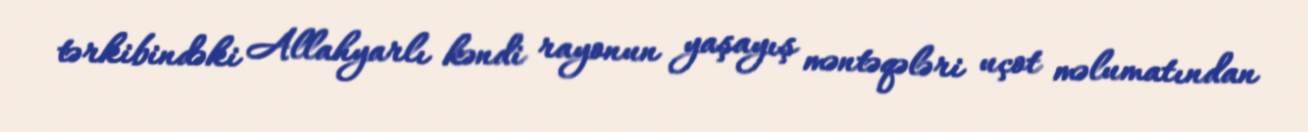
tərkibindəki Allahyarlı kəndi rayonun yaşayış məntəqələri uçot məlumatından